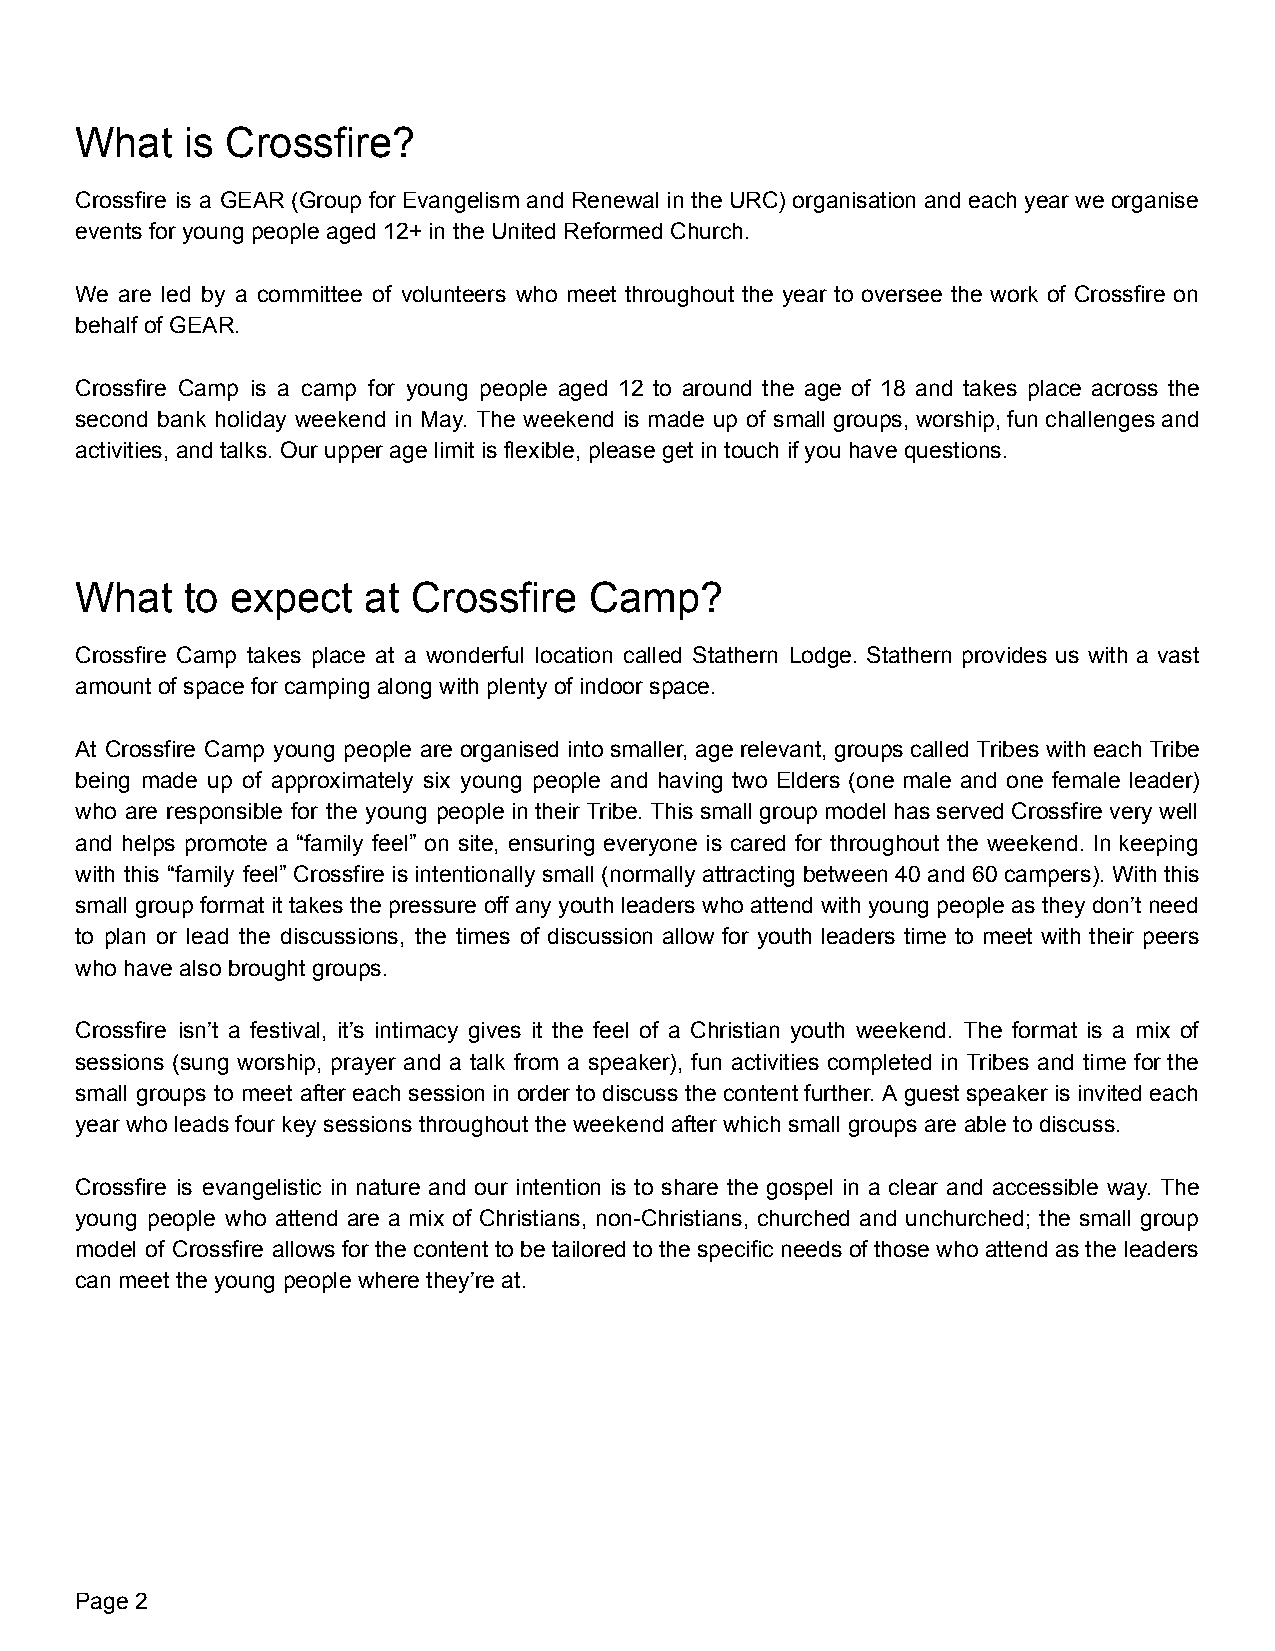
What   is Crossfire?
 Crossfire is a GEAR (Group for Evangelism and Renewal in the URC) organisation and each year we organise
 events for young people aged 12+ in the United Reformed Church.
 We are led by a committee of volunteers who meet throughout the year to oversee the work of Crossfire on
 behalf of GEAR.
 Crossfire Camp is a camp for young people aged 12 to around the age of 18 and takes place across the
 second bank holiday weekend in May. The weekend is made up of small groups, worship, fun challenges and
 activities, and talks. Our upper age limit is flexible, please get in touch if you have questions.
 What   to expect   at Crossfire   Camp?
 Crossfire Camp takes place at a wonderful location called Stathern Lodge. Stathern provides us with a vast
 amount of space for camping along with plenty of indoor space.
 At Crossfire Camp young people are organised into smaller, age relevant, groups called Tribes with each Tribe
 being made up of approximately six young people and having two Elders (one male and one female leader)
 who are responsible for the young people in their Tribe. This small group model has served Crossfire very well
 and helps promote a “family feel” on site, ensuring everyone is cared for throughout the weekend. In keeping
 with this “family feel” Crossfire is intentionally small (normally attracting between 40 and 60 campers). With this
 small group format it takes the pressure off any youth leaders who attend with young people as they don’t need
 to plan or lead the discussions, the times of discussion allow for youth leaders time to meet with their peers
 who have also brought groups.
 Crossfire isn’t a festival, it’s intimacy gives it the feel of a Christian youth weekend. The format is a mix of
 sessions (sung worship, prayer and a talk from a speaker), fun activities completed in Tribes and time for the
 small groups to meet after each session in order to discuss the content further. A guest speaker is invited each
 year who leads four key sessions throughout the weekend after which small groups are able to discuss.
 Crossfire is evangelistic in nature and our intention is to share the gospel in a clear and accessible way. The
 young people who attend are a mix of Christians, non-Christians, churched and unchurched; the small group
 model of Crossfire allows for the content to be tailored to the specific needs of those who attend as the leaders
 can meet the young people where they’re at.
 Page 2